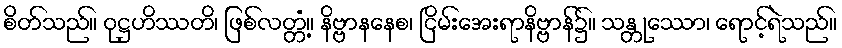
စိတ်သည်။ ဝုဋ္ဌဟိဿတိ၊ ဖြစ်လတ္တံ့။ နိဗ္ဗာနနေစ၊ ငြိမ်းအေးရာနိဗ္ဗာန်၌။ သန္တုဿော၊ ရောင့်ရဲသည်။